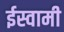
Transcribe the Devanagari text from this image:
ईस्वामी